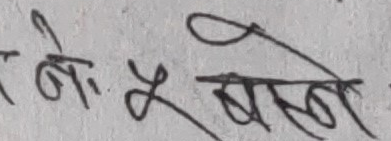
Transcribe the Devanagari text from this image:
बे नं. ५ बले